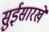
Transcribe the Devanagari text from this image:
सुईसारखे